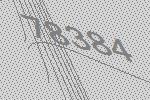
78384